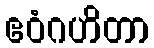
ဧဝံဂဟိတာ